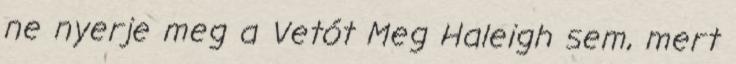
ne nyerje meg a Vetót Meg Haleigh sem, mert